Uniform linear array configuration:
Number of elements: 32
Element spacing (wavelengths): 0.25
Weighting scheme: hann
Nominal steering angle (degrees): -45
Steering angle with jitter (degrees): -43.551
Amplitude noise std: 0.05
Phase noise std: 0.05

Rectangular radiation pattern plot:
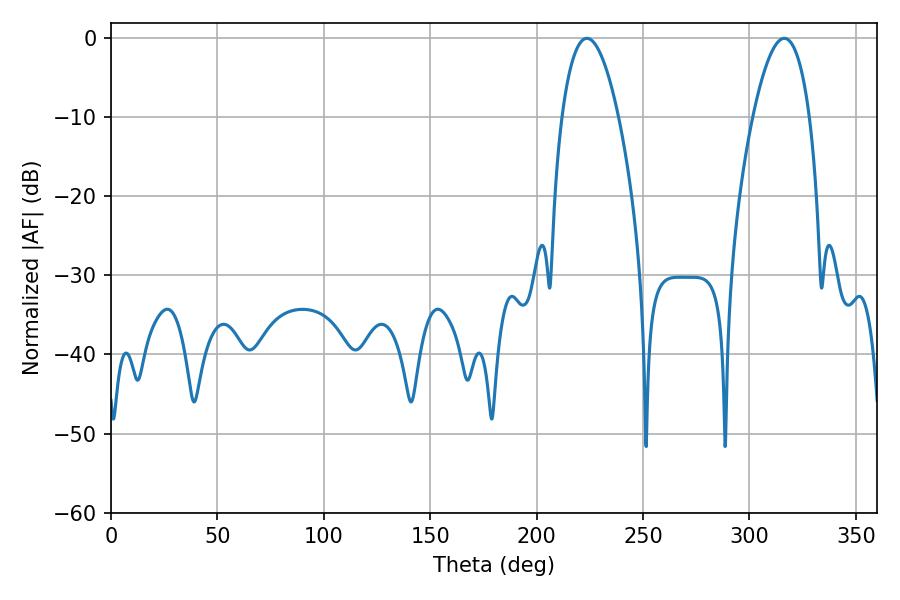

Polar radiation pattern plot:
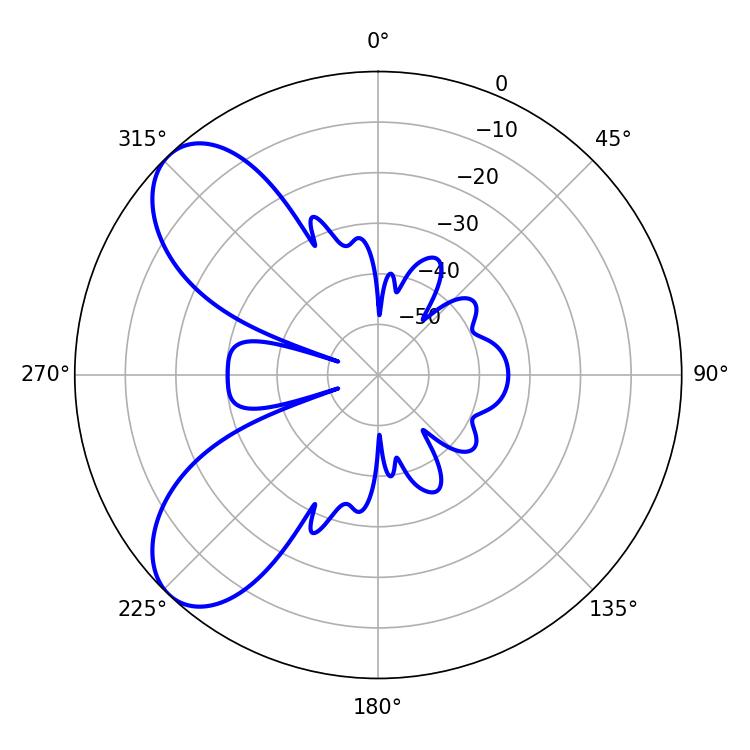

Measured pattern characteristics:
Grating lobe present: FALSE
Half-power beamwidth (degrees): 14.76
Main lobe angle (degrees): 223.56